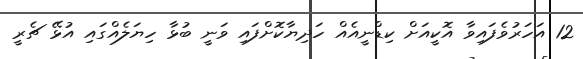
12 އަހަރުވެފައިވާ އޮކީއަށް ކިޑްނީއެއް ހަދިޔާކޮށްފައި ވަނީ ބުޅާ ހިޔަލެއްގައި އުޅޭ ޗެރީ